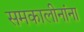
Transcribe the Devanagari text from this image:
समकालीनांना